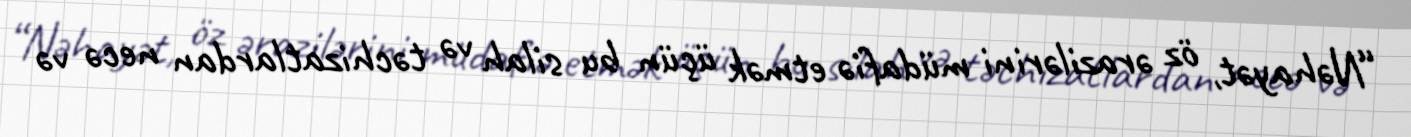
“Nəhayət, öz ərazilərini müdafiə etmək üçün bu silah və təchizatlardan necə və